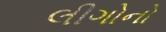
લીગોનો